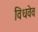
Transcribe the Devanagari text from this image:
विधवेव